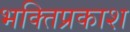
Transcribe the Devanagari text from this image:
भक्तिप्रकाश